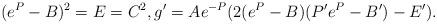
LaTeX: \begin{align*} (e^P - B)^2 = E = C^2, g' = Ae^{-P} ( 2(e^P - B) (P'e^P - B') - E' ) . \end{align*}